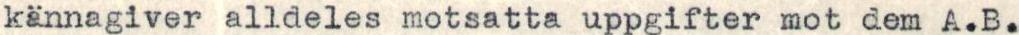
kännagiver alldeles motsatta uppgifter mot dem A.B.